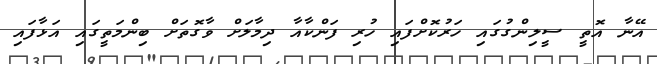
އޭނާ އޮތީ ސީލިންގުގައި ހަރުކޮށްފައި ހުރި ފަންކާއާ ދިމާލަށް ވާގޮތަށް ބިންމަތީގައި އަޅާފައި